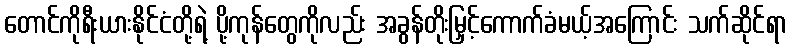
တောင်ကိုရီးယားနိုင်ငံတို့ရဲ့ ပို့ကုန်တွေကိုလည်း အခွန်တိုးမြှင့်ကောက်ခံမယ့်အကြောင်း သက်ဆိုင်ရာ